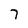
Character: 7